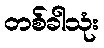
တစ်ခါသုံး